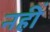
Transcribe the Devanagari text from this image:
नहीं